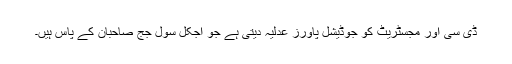
ڈی سی اور مجسٹریٹ کو جوڈیشل پاورز عدلیہ دیتی ہے جو آجکل سول جج صاحبان کے پاس ہیں۔